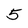
Character: 5